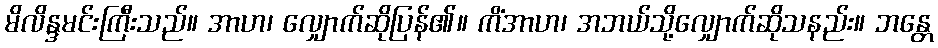
မိလိန္ဒမင်းကြီးသည်။ အာဟ၊ လျှောက်ဆိုပြန်၏။ ကိံအာဟ၊ အဘယ်သို့လျှောက်ဆိုသနည်း။ ဘန္တေ